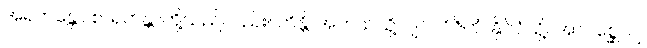
အရဟန္တော စ၊ ရဟန္တာတို့သည်လည်း။ ကိန္တိ၊ အဘယ်သို့လျှင်။ ဝိဇိတံ၊ နိုင်ငံသို့။ အာဂစ္ဆေယျ၊